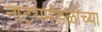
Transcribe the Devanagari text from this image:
नाट्यमंडळीच्या